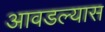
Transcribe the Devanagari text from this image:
आवडल्यास